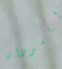
السودان